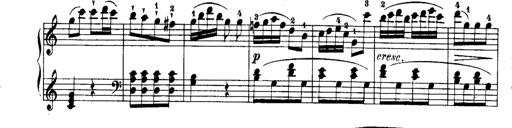
Title: Rondos and Sonatinas for Pianoforte
Composer: Daniel Steibelt